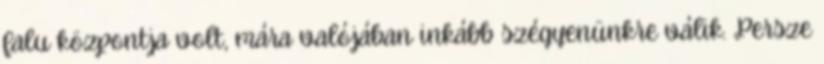
falu központja volt, mára valójában inkább szégyenünkre válik. Persze